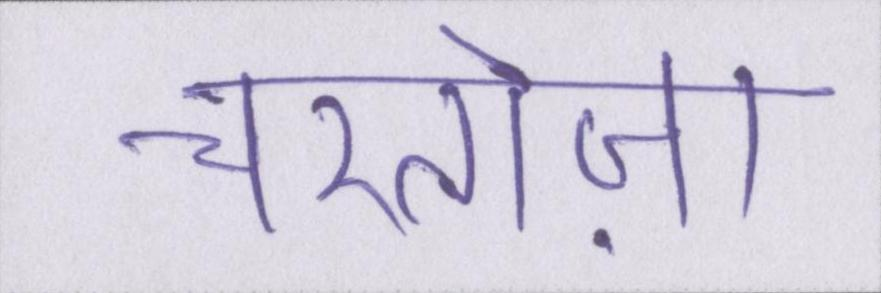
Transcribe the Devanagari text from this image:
चरतोज़ा